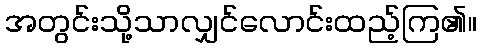
အတွင်းသို့သာလျှင်လောင်းထည့်ကြ၏။